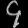
Digit: ၄